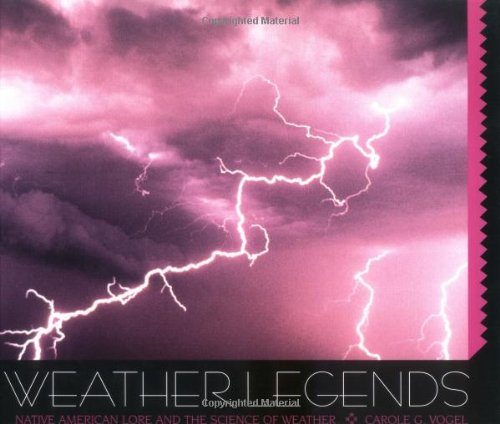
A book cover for Weather Legends: Native Americ; Carole G. Vogel; Children's Books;